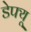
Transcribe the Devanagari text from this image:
डेफ्यू